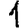
Digit: 1